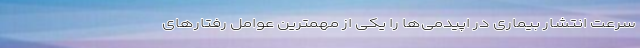
سرعت انتشار بیماری در اپیدمی‌ها را یکی از مهمترین عوامل رفتارهای